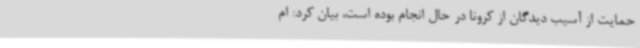
حمایت از آسیب دیدگان از کرونا در حال انجام بوده است، بیان کرد: ام